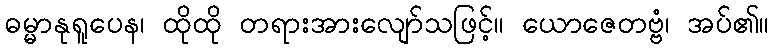
ဓမ္မာနုရူပေန၊ ထိုထို တရားအားလျော်သဖြင့်။ ယောဇေတဗ္ဗံ၊ အပ်၏။